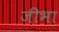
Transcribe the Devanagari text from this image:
जीभा